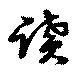
読